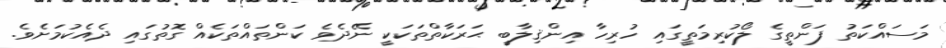
މަސައްކަތު ފަންތީގެ ލޯކުރިމަތީގައި ހުރިހާ އިންޤިލާބީ ޙަރަކާތްތަކަކީ ނޭދެވެ ކަންތައްތަކެއް ގޮތުގައި ދެއެކުމަށެވެ.